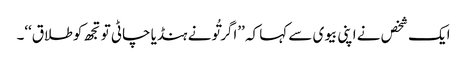
ایک شخص نے اپنی بیوی سے کہا کہ ’’اگر تُونے ہنڈیا چاٹی تو تجھ کو طلاق‘‘۔